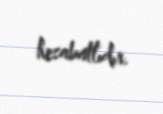
hesabatlıdır.